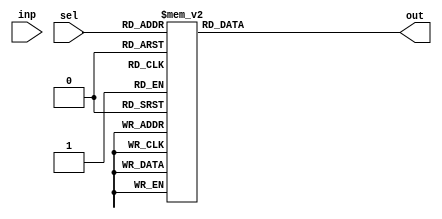
module demux_1to8(input wire inp, input wire [2:0] sel, output reg [7:0] out);

always @(*)
begin
    case(sel)
        3'b000: out = 8'b00000001;
        3'b001: out = 8'b00000010;
        3'b010: out = 8'b00000100;
        3'b011: out = 8'b00001000;
        3'b100: out = 8'b00010000;
        3'b101: out = 8'b00100000;
        3'b110: out = 8'b01000000;
        3'b111: out = 8'b10000000;
        default: out = 8'b00000000;
    endcase
end

endmodule